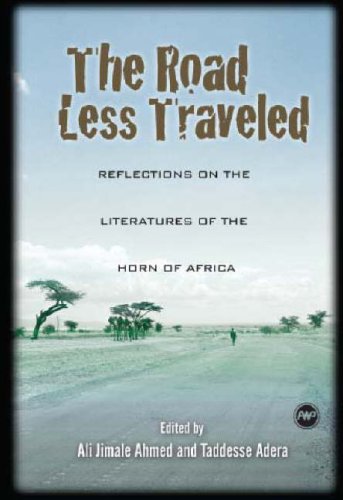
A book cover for The Road Less Traveled: Reflections On The Literatures Of The Horn Of Africa; Travel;